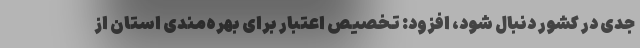
جدی در کشور دنبال شود، افزود: تخصیص اعتبار برای بهره‌مندی استان از